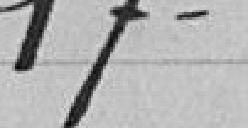
17°